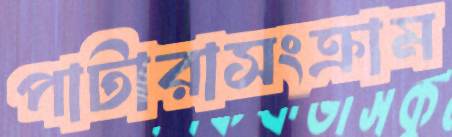
পাটারাসংক্রাম